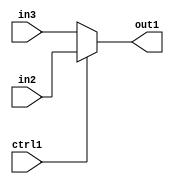
`timescale 1ps / 1ps
/*****************************************************************************
    Verilog RTL Description
    
    
    Created by: Stratus DpOpt 21.05.01 
*******************************************************************************/

module SobelFilter_N_Muxb_1_2_3_1 (
	in3,
	in2,
	ctrl1,
	out1
	); /* architecture "behavioural" */ 
input  in3,
	in2,
	ctrl1;
output  out1;
wire  asc001;

reg [0:0] asc001_tmp_0;
assign asc001 = asc001_tmp_0;
always @ (ctrl1 or in2 or in3) begin
	case (ctrl1)
		1'B1 : asc001_tmp_0 = in2 ;
		default : asc001_tmp_0 = in3 ;
	endcase
end

assign out1 = asc001;
endmodule

/* CADENCE  uLPyTA0= : u9/ySxbfrwZIxEzHVQQV8Q== ** DO NOT EDIT THIS LINE ******/